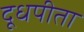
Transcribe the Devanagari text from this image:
दूधपीता